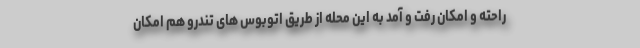
راحته و امکان رفت و آمد به این محله از طریق اتوبوس های تندرو هم امکان